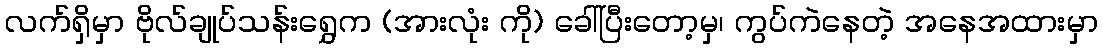
လက်ရှိမှာ ဗိုလ်ချုပ်သန်းရွှေက (အားလုံး ကို) ခေါ်ပြီးတော့မှ၊ ကွပ်ကဲနေတဲ့ အနေအထားမှာ